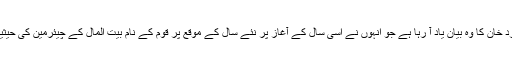
آج مجھے زمرد خان کا وہ بیان یاد آ رہا ہے جو انہوں نے اسی سال کے آغاز پر نئے سال کے موقع پر قوم کے نام بیت المال کے چیئرمین کی حیثیت سے دیا تھا۔